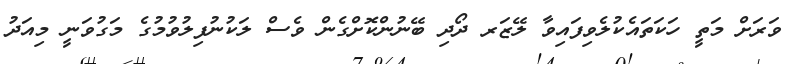
ވަރަށް މަތީ ހަކަތައެކުލެވިފައިވާ ލޭޒަރ ދޯދި ބޭނުންކޮށްގެން ވެސް ލަކުނުފިލުވުމުގެ މަގުވަނީ މިއަދު